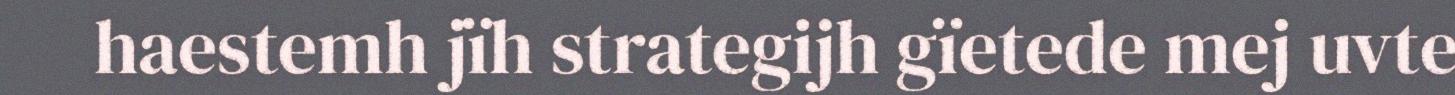
haestemh jïh strategijh gïetede mej uvte